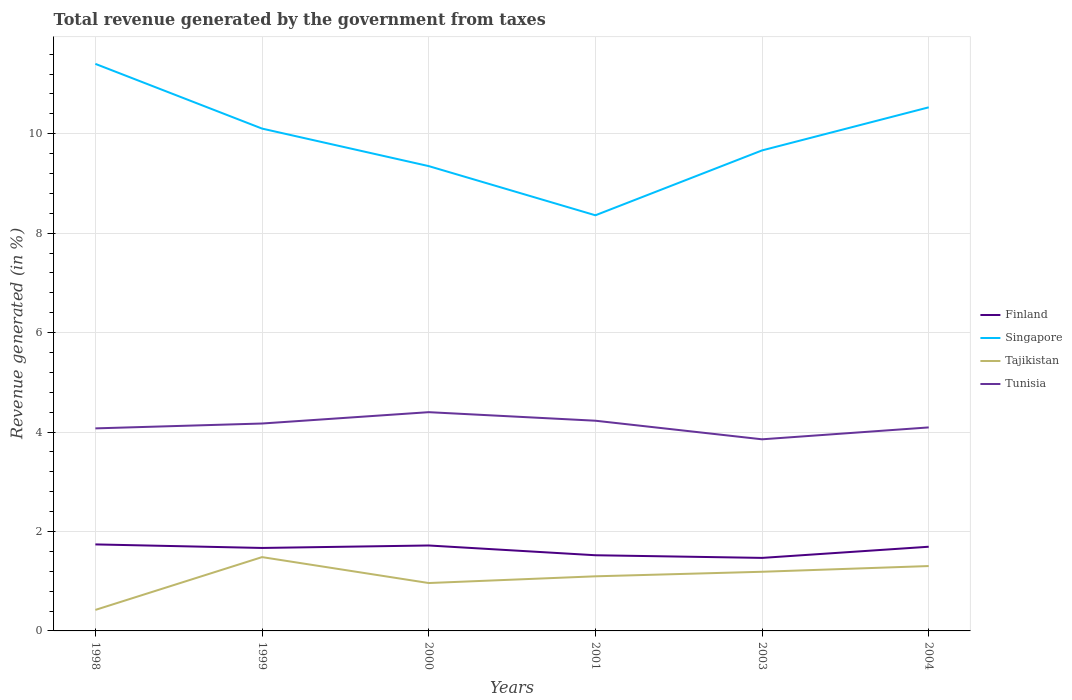
| Years | Finland | Singapore | Tajikistan | Tunisia |
 | --- | --- | --- | --- | --- |
 | 1998 | 1.74 | 11.4 | 0.423 | 4.07 |
 | 1999 | 1.67 | 10.1 | 1.48 | 4.17 |
 | 2000 | 1.72 | 9.35 | 0.963 | 4.4 |
 | 2001 | 1.52 | 8.36 | 1.1 | 4.23 |
 | 2003 | 1.47 | 9.67 | 1.19 | 3.85 |
 | 2004 | 1.69 | 10.5 | 1.3 | 4.09 |